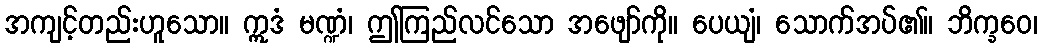
အကျင့်တည်းဟူသော။ ဣဒံ မဏ္ဍံ၊ ဤကြည်လင်သော အဖျော်ကို။ ပေယျံ၊ သောက်အပ်၏။ ဘိက္ခဝေ၊